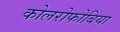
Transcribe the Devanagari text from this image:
कोलरोफोबिया